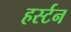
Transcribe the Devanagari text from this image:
हर्स्टन